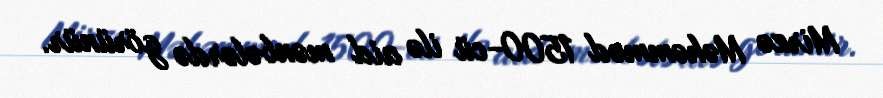
Mirzə Məhəmməd 1500-cü ilə aid mənbələrdə görünür.